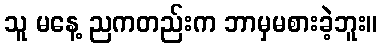
သူ မနေ့ ညကတည်းက ဘာမှမစားခဲ့ဘူး။